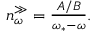
\begin{array} { r } { n _ { \omega } ^ { \gg } = \frac { A / B } { \omega _ { * } - \omega } . } \end{array}